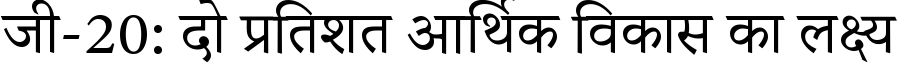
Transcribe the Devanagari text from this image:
जी-20: दो प्रतिशत आर्थिक विकास का लक्ष्य